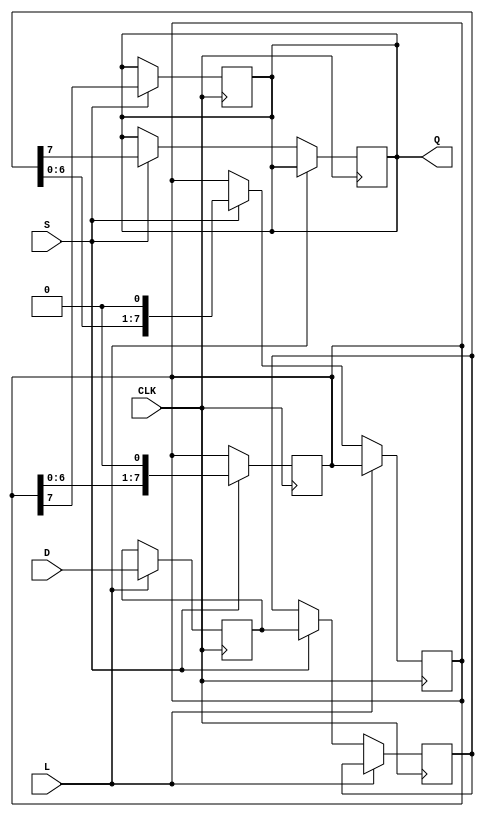
module TwoStagePISO #(parameter N = 8) (
    input wire [N-1:0] D,   // Parallel input data
    input wire L,            // Load signal
    input wire S,            // Shift signal
    input wire CLK,          // Clock signal
    output reg Q             // Serial output
);

    // Internal registers for the two stages
    reg [N-1:0] stage1;      // First stage register
    reg [N-1:0] stage2;      // Second stage register
    reg [N-1:0] shift_reg;   // Shift register to hold the output

    // On the rising edge of the clock
    always @(posedge CLK) begin
        if (L) begin
            // Load data into stage 1
            stage1 <= D;
        end else if (S) begin
            // Shift data from stage 1 to stage 2
            stage2 <= stage1;
            // Shift data out from stage 2
            shift_reg <= {stage2[N-2:0], 1'b0}; // Shift left, new bit is 0
            Q <= stage2[N-1]; // Output the MSB of stage2
        end
    end

    // Continuous assignment for the output Q
    always @(posedge CLK) begin
        if (S) begin
            // Shift out the next bit on each clock cycle
            Q <= shift_reg[N-1]; // Output the MSB of the shift register
            // Shift the register for the next output
            shift_reg <= {shift_reg[N-2:0], 1'b0}; // Shift left
        end
    end

endmodule